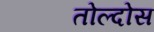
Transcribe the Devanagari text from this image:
तोल्दोस